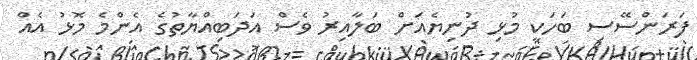
ފަރަންސޭސި ބަހަކީ މުޅި ދުނިޔެއަށް ބަލާއިރު ވެސް އަދަބިއްޔާތުގެ އެންމެ މޮޅު އެއް